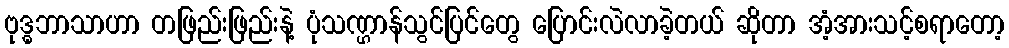
ဗုဒ္ဓဘာသာဟာ တဖြည်းဖြည်းနဲ့ ပုံသဏ္ဌာန်သွင်ပြင်တွေ ပြောင်းလဲလာခဲ့တယ် ဆိုတာ အံ့အားသင့်စရာတော့